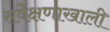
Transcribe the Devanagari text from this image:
सर्वेक्षणाखाली